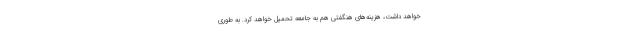
خواهد داشت، هزینه‌های هنگفتی هم به جامعه تحمیل خواهد کرد. به طوری